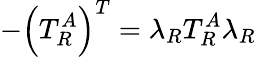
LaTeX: -\left(T_{R}^{A}\right)^{T}=\lambda_{R}T_{R}^{A}\lambda_{R}